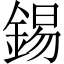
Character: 錫